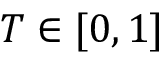
T \in [ 0 , 1 ]